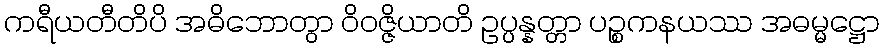
ကရီယတီတိပိ အဓိဘောတွာ ဝိဝဇ္ဇိယာတိ ဥပ္ပန္နတ္တာ ပဉ္စကနယဿ အဓမ္မဋ္ဌော